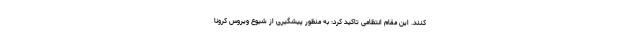
کنند. این مقام انتظامی تاکید کرد: به منظور پیشگیری از شیوع ویروس کرونا